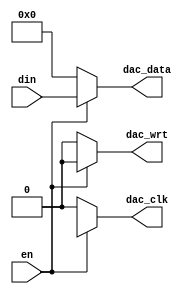
`timescale 1ns / 1ps
//////////////////////////////////////////////////////////////////////////////////
// Company: 
// Engineer: 
// 
// Design Name: 
// Module Name:    da_ctrl 
// Project Name: 
// Target Devices: 
// Tool versions: 
// Description: 
//
// Dependencies: 
//
// Revision: 
// Revision 0.01 - File Created
// Additional Comments: 
//
//////////////////////////////////////////////////////////////////////////////////
module da_ctrl
(
    input en,
    input [13:0] din,
    output dac_wrt,
    output dac_clk,
    output [13:0] dac_data
);

    wire wrt_phase_delay;
    wire clk_phase_delay;

    assign dac_wrt = en ? wrt_phase_delay : 0;
    assign dac_clk = en ? clk_phase_delay : 0;

    assign dac_data = en ? din : 0;


endmodule